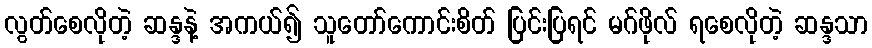
လွတ်စေလိုတဲ့ ဆန္ဒနဲ့ အကယ်၍ သူတော်ကောင်းစိတ် ပြင်းပြရင် မဂ်ဖိုလ် ရစေလိုတဲ့ ဆန္ဒသာ